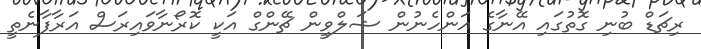
ރިޗަޑް ބުނި ގޮތުގައި އޭނާގެ އަންހެނުން ޝަލްވީން ޗޭންގް އަކީ ކޮރޯނާވައިރަސް އަރާފާނެތީ